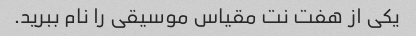
یکی از هفت نت مقیاس موسیقی را نام ببرید.